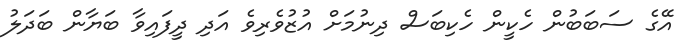
އޭގެ ސަބަބުން ހެކީން ހެކިބަސް ދިނުމަށް އުޒުވެރިވެ އަދި ދީފައިވާ ބަޔާން ބަދަލު